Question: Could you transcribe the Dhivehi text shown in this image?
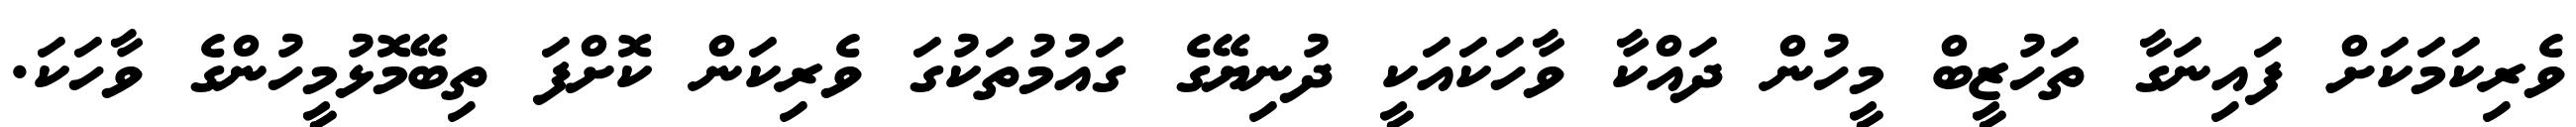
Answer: ވެރިކަމަކަށް ފައިނަގާ ތަހުޒީބް މީހުން ދައްކާ ވާހަކައަކީ ދުނިޔޭގެ ގައުމުތަކުގަ ވެރިކަން ކޮށްފަ ތިބޭމޮޅުމީހުންގެ ވާހަކަ.